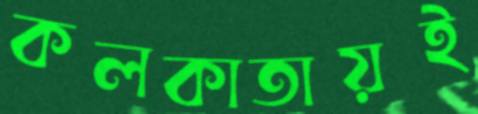
কলকাতায়ই